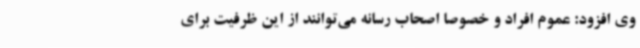
وی افزود: عموم افراد و خصوصاً اصحاب رسانه می‌توانند از این ظرفیت برای